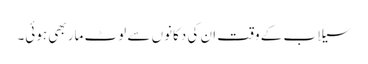
سیلاب کے وقت ان کی دکانوں سے لوٹ مار بھی ہوئی۔